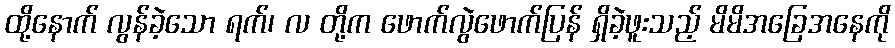
ထို့နောက် လွန်ခဲ့သော ရက်၊ လ တို့က ဖောက်လွဲဖောက်ပြန် ရှိခဲ့ဖူးသည့် မိမိအခြေအနေကို